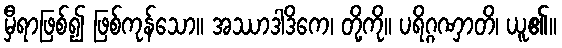
မှီရာဖြစ်၍ ဖြစ်ကုန်သော။ အဿာဒါဒိကေ၊ တို့ကို။ ပရိဂ္ဂဏှာတိ၊ ယူ၏။